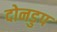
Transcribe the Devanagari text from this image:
दोनडुप